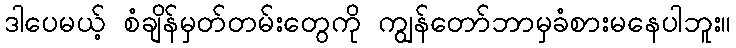
ဒါပေမယ့် စံချိန်မှတ်တမ်းတွေကို ကျွန်တော်ဘာမှခံစားမနေပါဘူး။